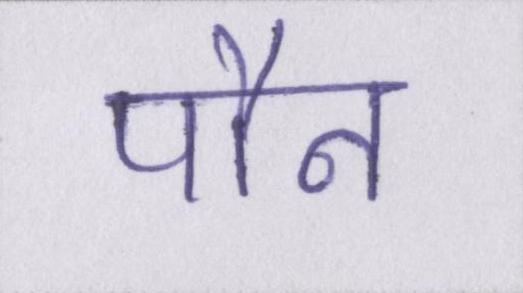
पौन